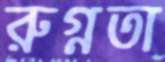
রুগ্নতা